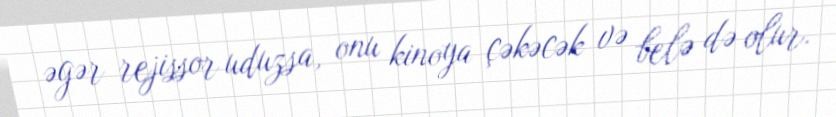
əgər rejissor uduzsa, onu kinoya çəkəcək və belə də olur.